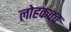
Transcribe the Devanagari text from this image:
लोहकवच